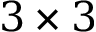
3 \times 3